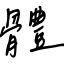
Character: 體